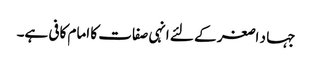
جہا د اصغر کے لئے انہی صفات کا امام کافی ہے۔